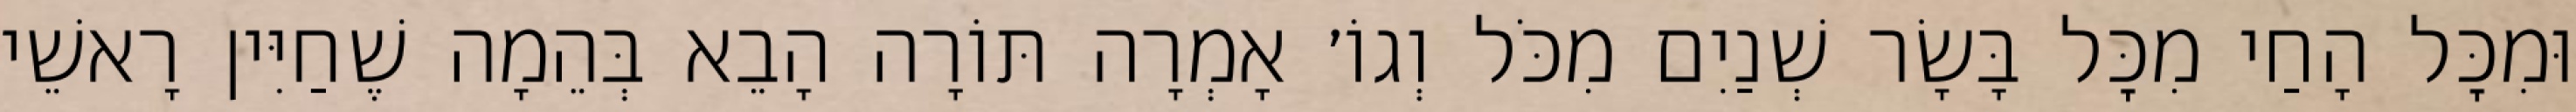
וּמִכׇּל הָחַי מִכׇּל בָּשָׂר שְׁנַיִם מִכֹּל וְגוֹ׳ אָמְרָה תּוֹרָה הָבֵא בְּהֵמָה שֶׁחַיִּין רָאשֵׁי